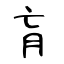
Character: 盲